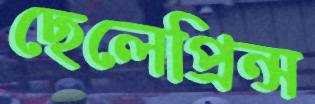
ছেলেপ্রিন্স